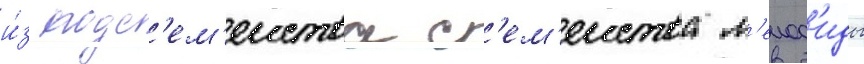
и́з подс'ем'еиства с'ем'еиства л'еиод'иды